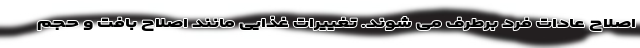
اصلاح عادات فرد برطرف می شوند. تغییرات غذایی مانند اصلاح بافت و حجم